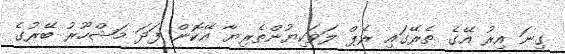
ގިނަ އިރު އޭގެ ތެރޭގައި ރެޕް ލަވަކިޔުންތެރިޔާ އޭކޮން ފަދަ މަޝްހޫރު ބޭރުގެ